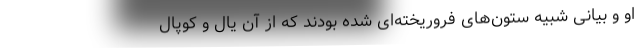
او و بیانی شبیه ستون‌های فروریخته‌ای شده بودند که از آن یال و کوپال